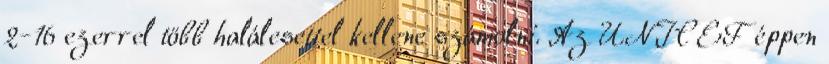
2-16 ezerrel több halálesettel kellene számolni. Az UNICEF éppen